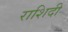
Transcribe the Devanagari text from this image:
राशिदी